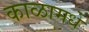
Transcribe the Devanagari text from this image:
काळामधे